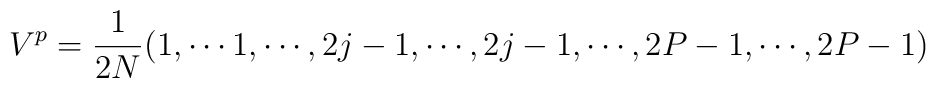
V^{p }={\frac{1}{2N}} (1,\cdots 1,\cdots,2j-1,\cdots,2j-1,\cdots,2P-1,\cdots, 2P-1)